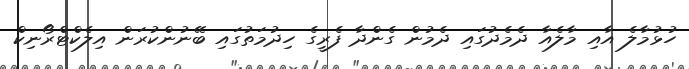
ހުޅުމާލެ އާއި މާލެއާ ދެމެދުގައި ދެމުން ގެންދާ ފެރީގެ ހިދުމަތުގައި ބޭނުންކުރަން އިލެކްޓްރޯނިކް